Leaving Certificate Examination (including Day School Certificate (Higher) General paper), 1939
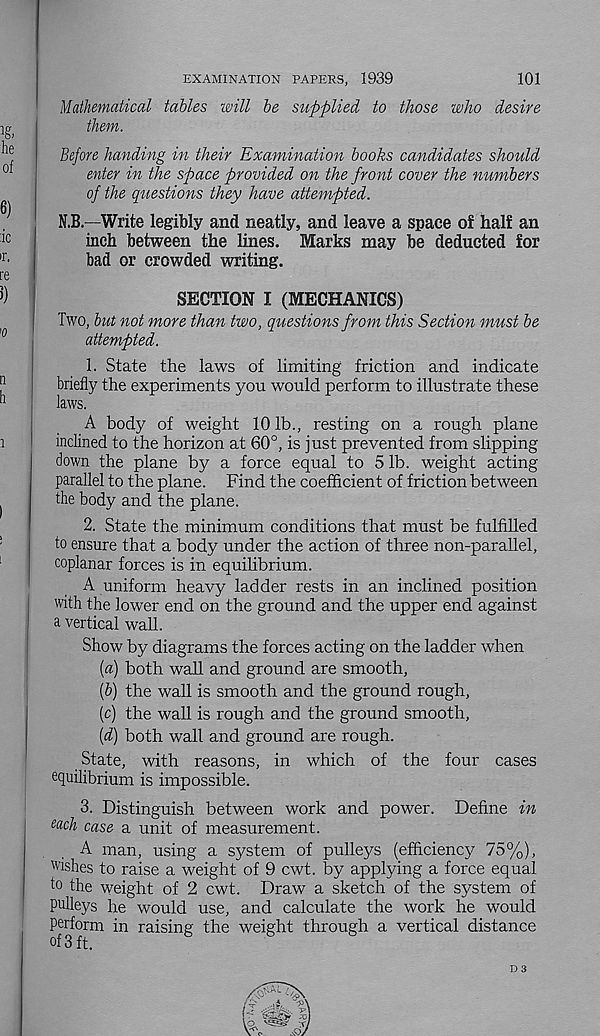
EXAMINATION PAPERS, 1939
101
Mathematical tables will be supplied to those who desire
them.
Before handing in their Examination books candidates should
enter in the space provided on the front cover the numbers
of the questions they have attempted.
N.B.—Write legibly and neatly, and leave a space of half an
inch between the lines. Marks may be deducted for
bad or crowded writing.
SECTION I (MECHANICS)
Two, but not more than two, questions from this Section must be
attempted.
1. State the laws of limiting friction and indicate
briefly the experiments you would perform to illustrate these
laws.
A body of weight 10 lb., resting on a rough plane
inclined to the horizon at 60°, is just prevented from slipping
down the plane by a force equal to 5 lb. weight acting
parallel to the plane. Find the coefficient of friction between
the body and the plane.
2. State the minimum conditions that must be fulfilled
to ensure that a body under the action of three non-parallel,
coplanar forces is in equilibrium.
A uniform heavy ladder rests in an inclined position
with the lower end on the ground and the upper end against
a. vertical wall.
Show by diagrams the forces acting on the ladder when
[a) both wall and ground are smooth,
{b) the wall is smooth and the ground rough,
(c) the wall is rough and the ground smooth,
[d) both wall and ground are rough.
State, with reasons, in which of the four cases
equilibrium is impossible.
3. Distinguish between work and power. Define in
e ach case a unit of measurement.
A man, using a system of pulleys (efficiency 75%),
wishes to raise a weight of 9 cwt. by applying a force equal
to the weight of 2 cwt. Draw a sketch of the system of
pulleys he would use, and calculate the work he would
perform in raising the weight through a vertical distance